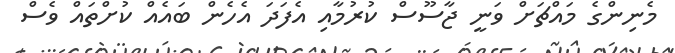
މެނިންގެ މައްޗަށް ވަނީ ޖާސޫސް ކުރުމާއި އެފަދަ އެހެން ބައެއް ކުށްތައް ވެސް